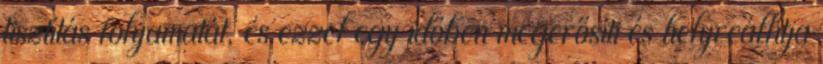
tisztítás folyamatát, és ezzel egy időben megerősíti és helyreállítja